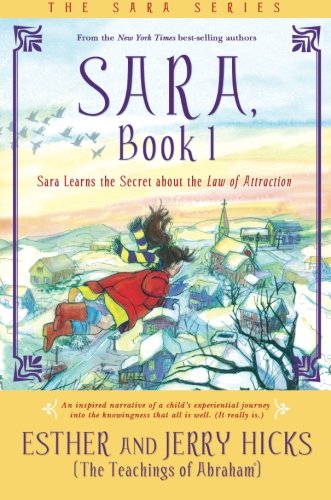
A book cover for Sara, Book 1: Sara Learns the Secret about the Law of Attraction; Esther Hicks; Religion & Spirituality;